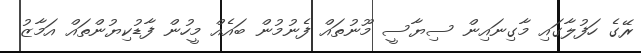
ރޭގެ ހަފުލާގައި މާގިނައިން ސިޔާސީ މޫނުތައް ފެނުމުން ބައެއް މީހުން ފާޑުކިޔުންތައް އަމާޒު